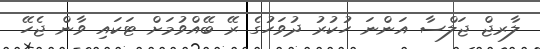
ލާރޖް ޖަލްސާ އަންނަ ހުކުރު ދުވަހުގެ ރޭ ބޭއްވުމަށް ޓަކައި ވާން ޖެހޭ